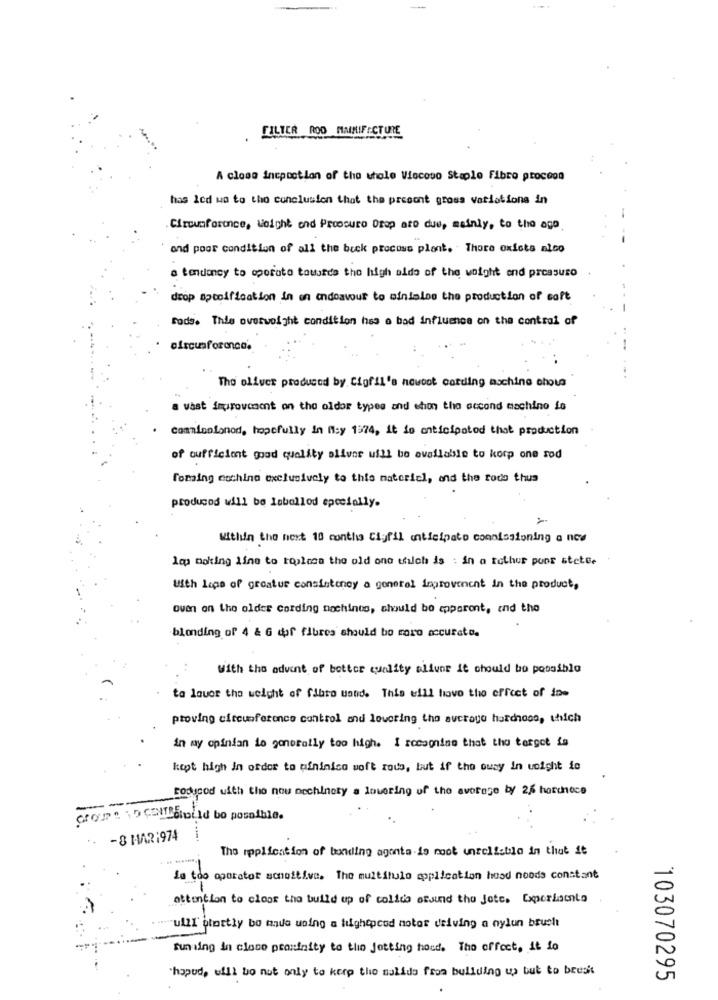
FILTER ROD MAIMIFECTURE
A close incprotion of the whole Viscoso Staple Fibro proceon
has led wo to the conclusion that the present gross variations in
. Circumference, Weight end Procuro Otop ato due, mainly, to the ago
and poor condition of all the buck procoss plant. There exists mico
a tendency to oporuto towards the high aldo of the weight end pressuso
drop aptoification in on andoavous to minialoe the production of soft
fods. Thie overweight condition hss o bad influence on the contrai of
Tho oliver produced by Cigfil's nowbot cording aschina chola
a vast improvement on the oldor types and eton the accond machine is
commisolonod, hopefully in Misy 1974, it io anticipatod that production
of sufficient good quality oliver will be available to korp one sod
forsing cochino exclusively to this materiel, and the rode thus
producod will be labelled specially.
-
Within the next 10 conthis Cigfil anticipato commissioning a nos
1cp nolting line to topicon the old one which is : in a tothur ponr stete.
With lags of greatur consintoney a generel improvenent in the product,
oven on the oldes cording nachines, should be apparent, and the
blonding of 4 & G dof fibres should bo raro accurate.
With the advent of better quality aliune it chould bo possible
to louer the weight of fibre wstid. This will have the effect of low
proving circumference control and lowering the average harchose, which
in my opinion do generally too high. I recognize that the target
kept high in order to ininico soft rous, but if the owsy In uoight ic
sodiood with the now nechinery a lowering of the average by 26 hordnece
come to callshould be possible.
-8 MAR:974
The replication of bonding agenta is root unreliable in that it
La too oporator sonoitive. The muititulo application head noods constant
attention to cloor the build up of colida otsund tha Jote. Experiaento
""ulll' blottly bo made using a tightpcod motor driving a nylun brusht
funding in close proximity to the Jotting houd. The effect, it io
`hopud, will bo nut only to keep the salida from building up but to bresi
103070295